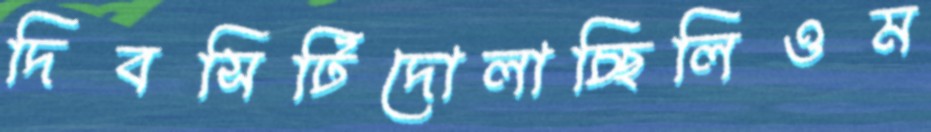
দিবসিটিদোলাচ্ছিলিওম